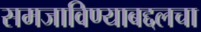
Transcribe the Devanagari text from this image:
समजाविण्याबद्दलचा